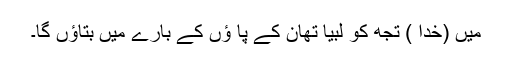
میں (خدا ) تجھ کو لبیا تھان کے پا ؤں کے بارے میں بتاؤں گا۔